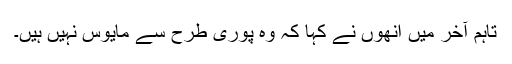
تاہم آخر میں انھوں نے کہا کہ وہ پوری طرح سے مایوس نہیں ہیں۔